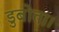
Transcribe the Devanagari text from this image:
डुबोता।